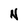
Character: N